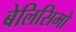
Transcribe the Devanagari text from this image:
बेलिसिमो